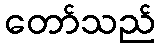
တော်သည်